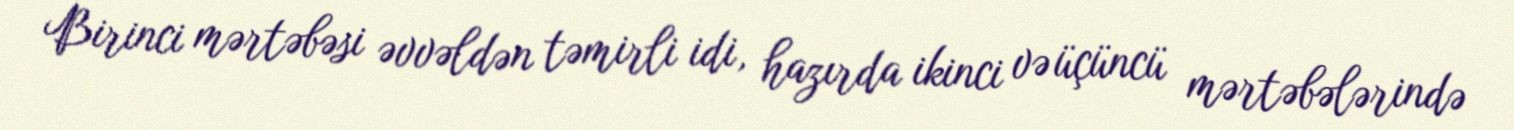
Birinci mərtəbəsi əvvəldən təmirli idi, hazırda ikinci və üçüncü mərtəbələrində